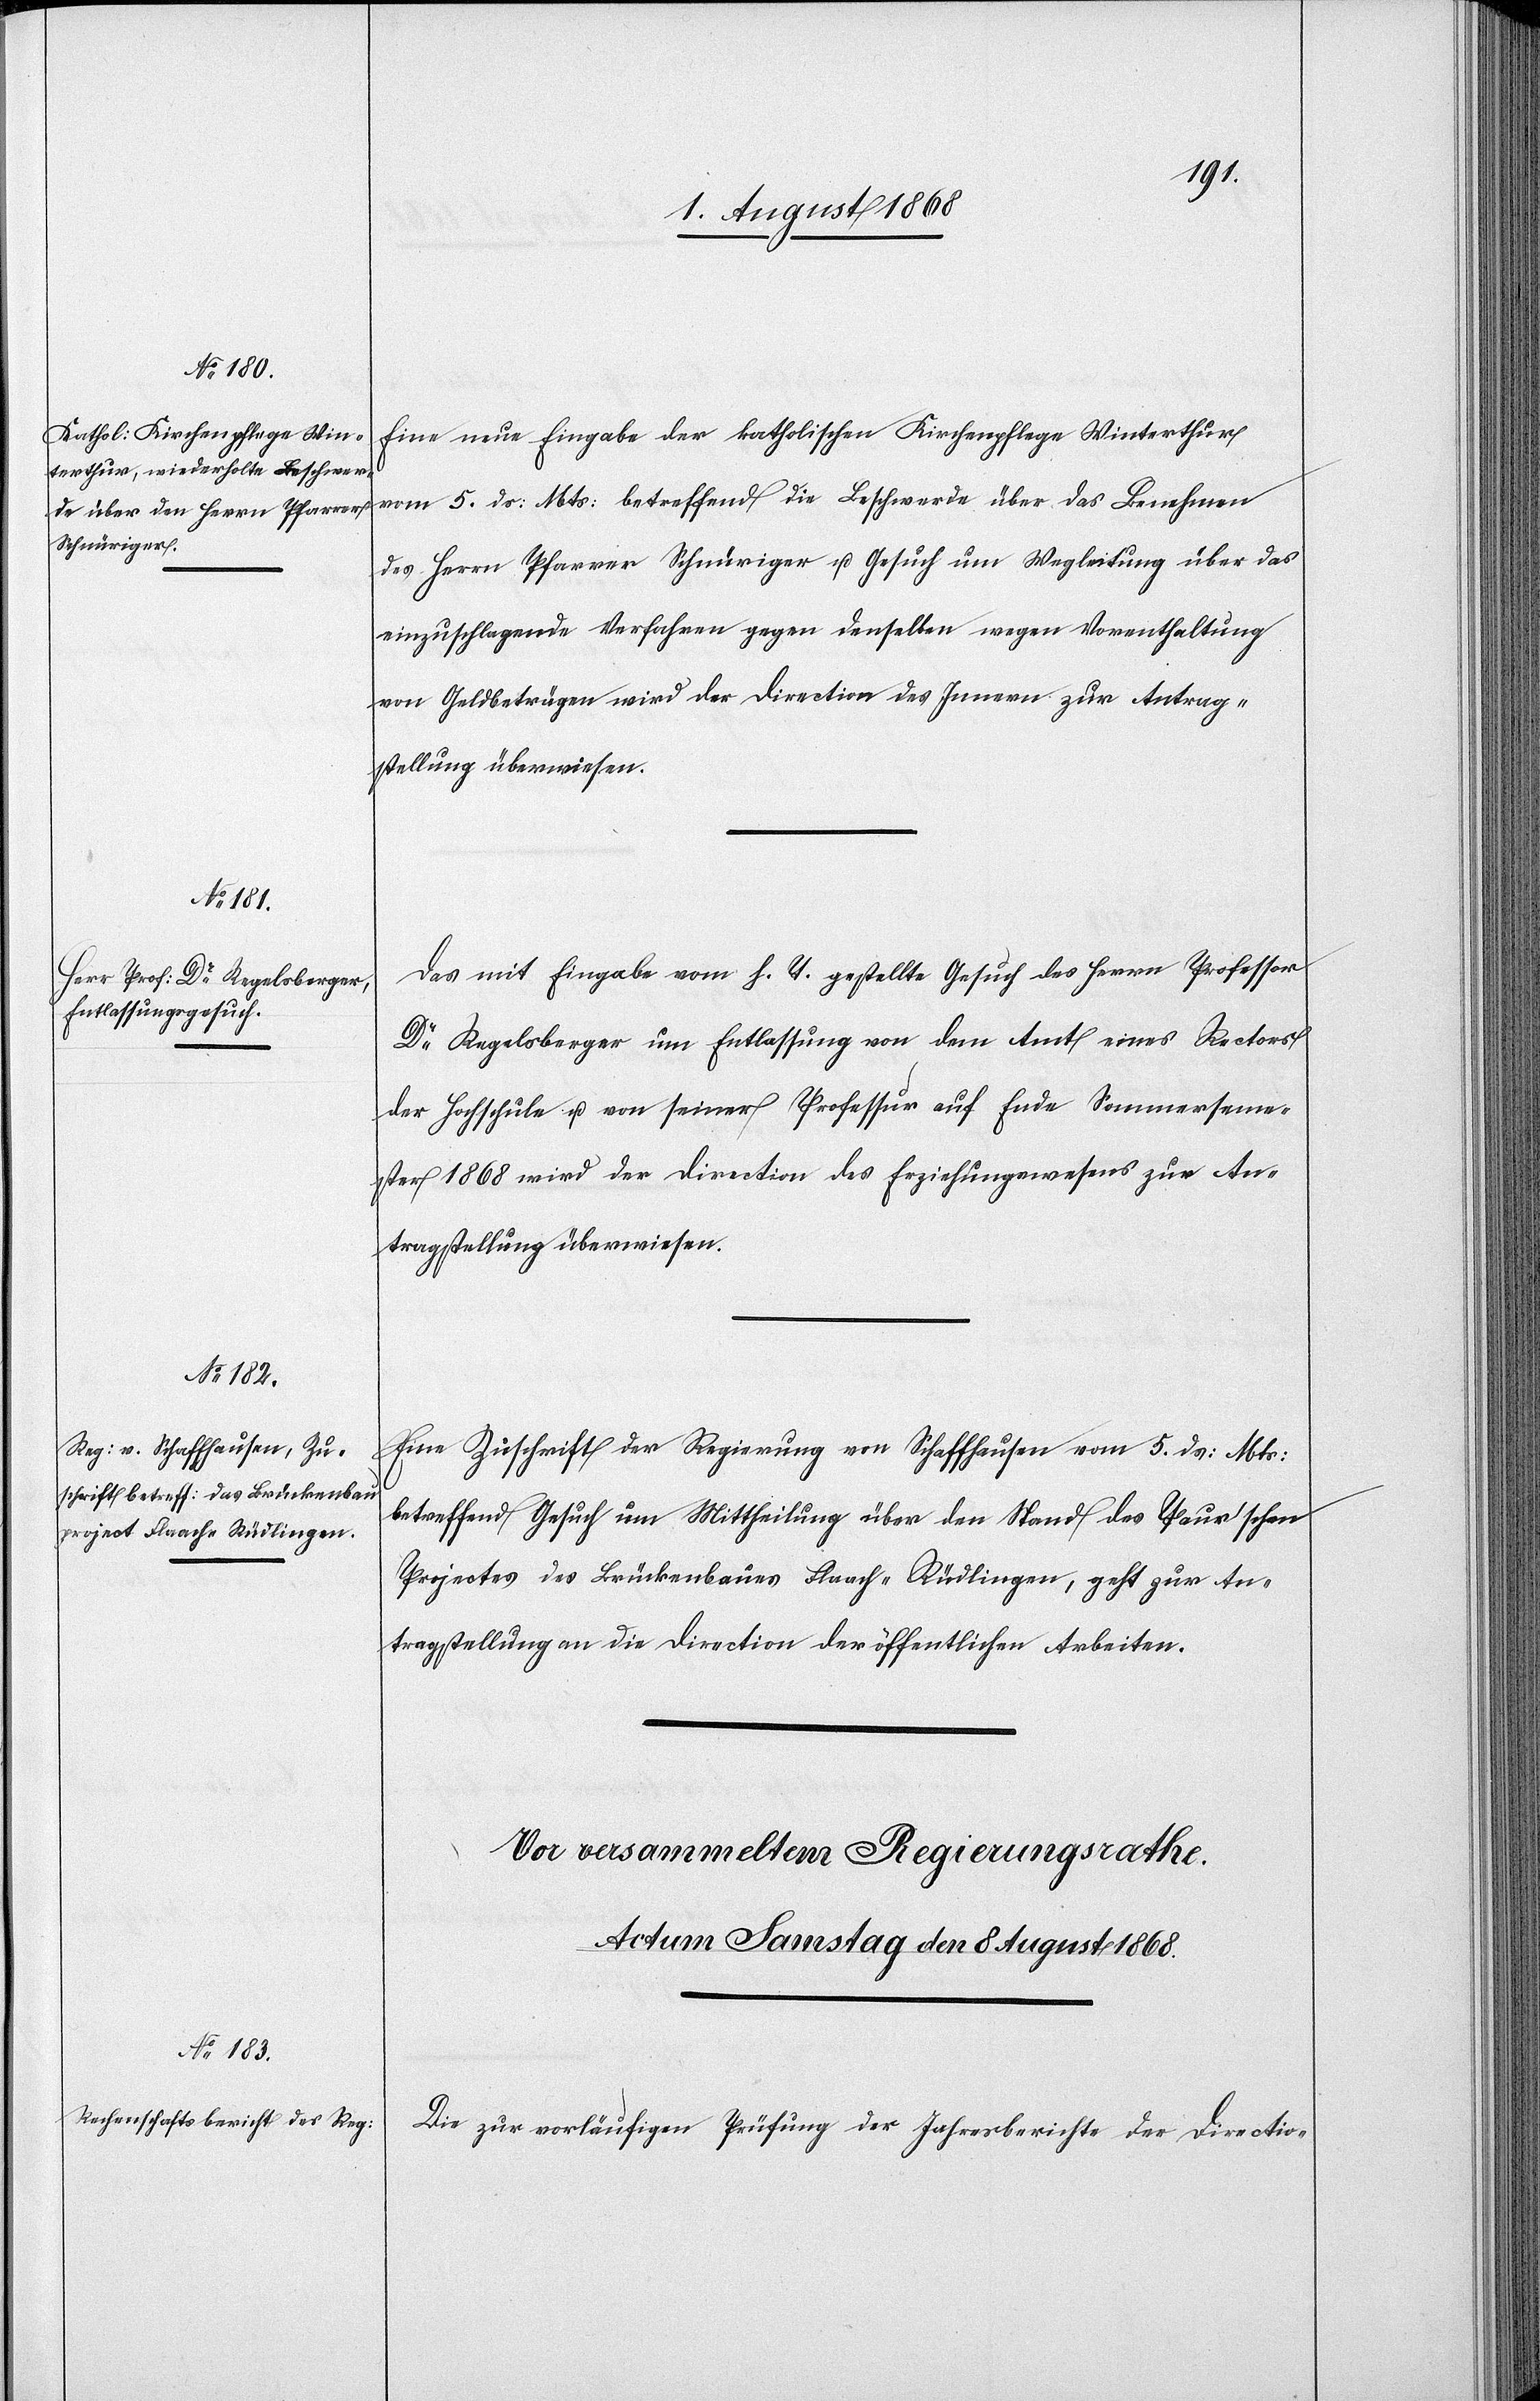
7te¬
n. August 1868.]
Eine neue Eingabe der katholischen Kirchenpflege Winterthur
vom 5. ds: Mts: betreffend die Beschwerde über das Benehmen
des Herrn Pfarrer Schnüriger u. Gesuch um Wegleitung über das
einzuschlagende Verfahren gegen denselben wegen Vorenthaltung
von Geldbeträgen wird der Direction des Innern zur Antrag¬
stellung überwiesen.
Das mit Eingabe vom h. T. gestellte Gesuch des Herrn Professor
Dr Regelsberger um Entlassung von dem Amt eines Rectors
der Hochschule u. von seiner Professur auf Ende Sommerseme¬
ster 1868 wird der Direction des Erziehungswesens zur An¬
tragstellung überwiesen.
Eine Zuschrift der Regierung von Schaffhausen vom 5. ds: Mts:
betreffend Gesuch um Mittheilung über den Stand des Paur’schen
Projectes des Brückenbaues Flaach–Rüdlingen, geht zur An¬
tragstellung an die Direction der öffentlichen Arbeiten.
Die zur vorläufigen Prüfung der Jahresberichte der Directio-